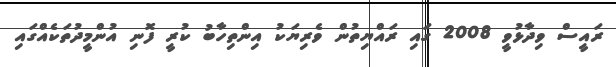
ރައީސް ވިދާޅުވީ 2008 ގައި ރައްޔިތުން ވެރިޔަކު އިންތިހާބު ކުރީ ފޮނި އުންމީދުތަކެއްގައި